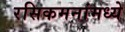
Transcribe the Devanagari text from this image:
रसिकमनांमध्ये